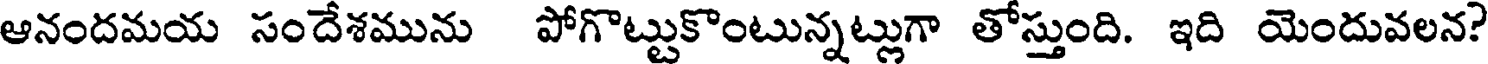
ఆనందమయ సందేశమును పోగొట్టుకొంటున్నట్లుగా తోస్తుంది. ఇది యెందువలన?